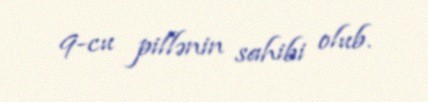
9-cu pillənin sahibi olub.